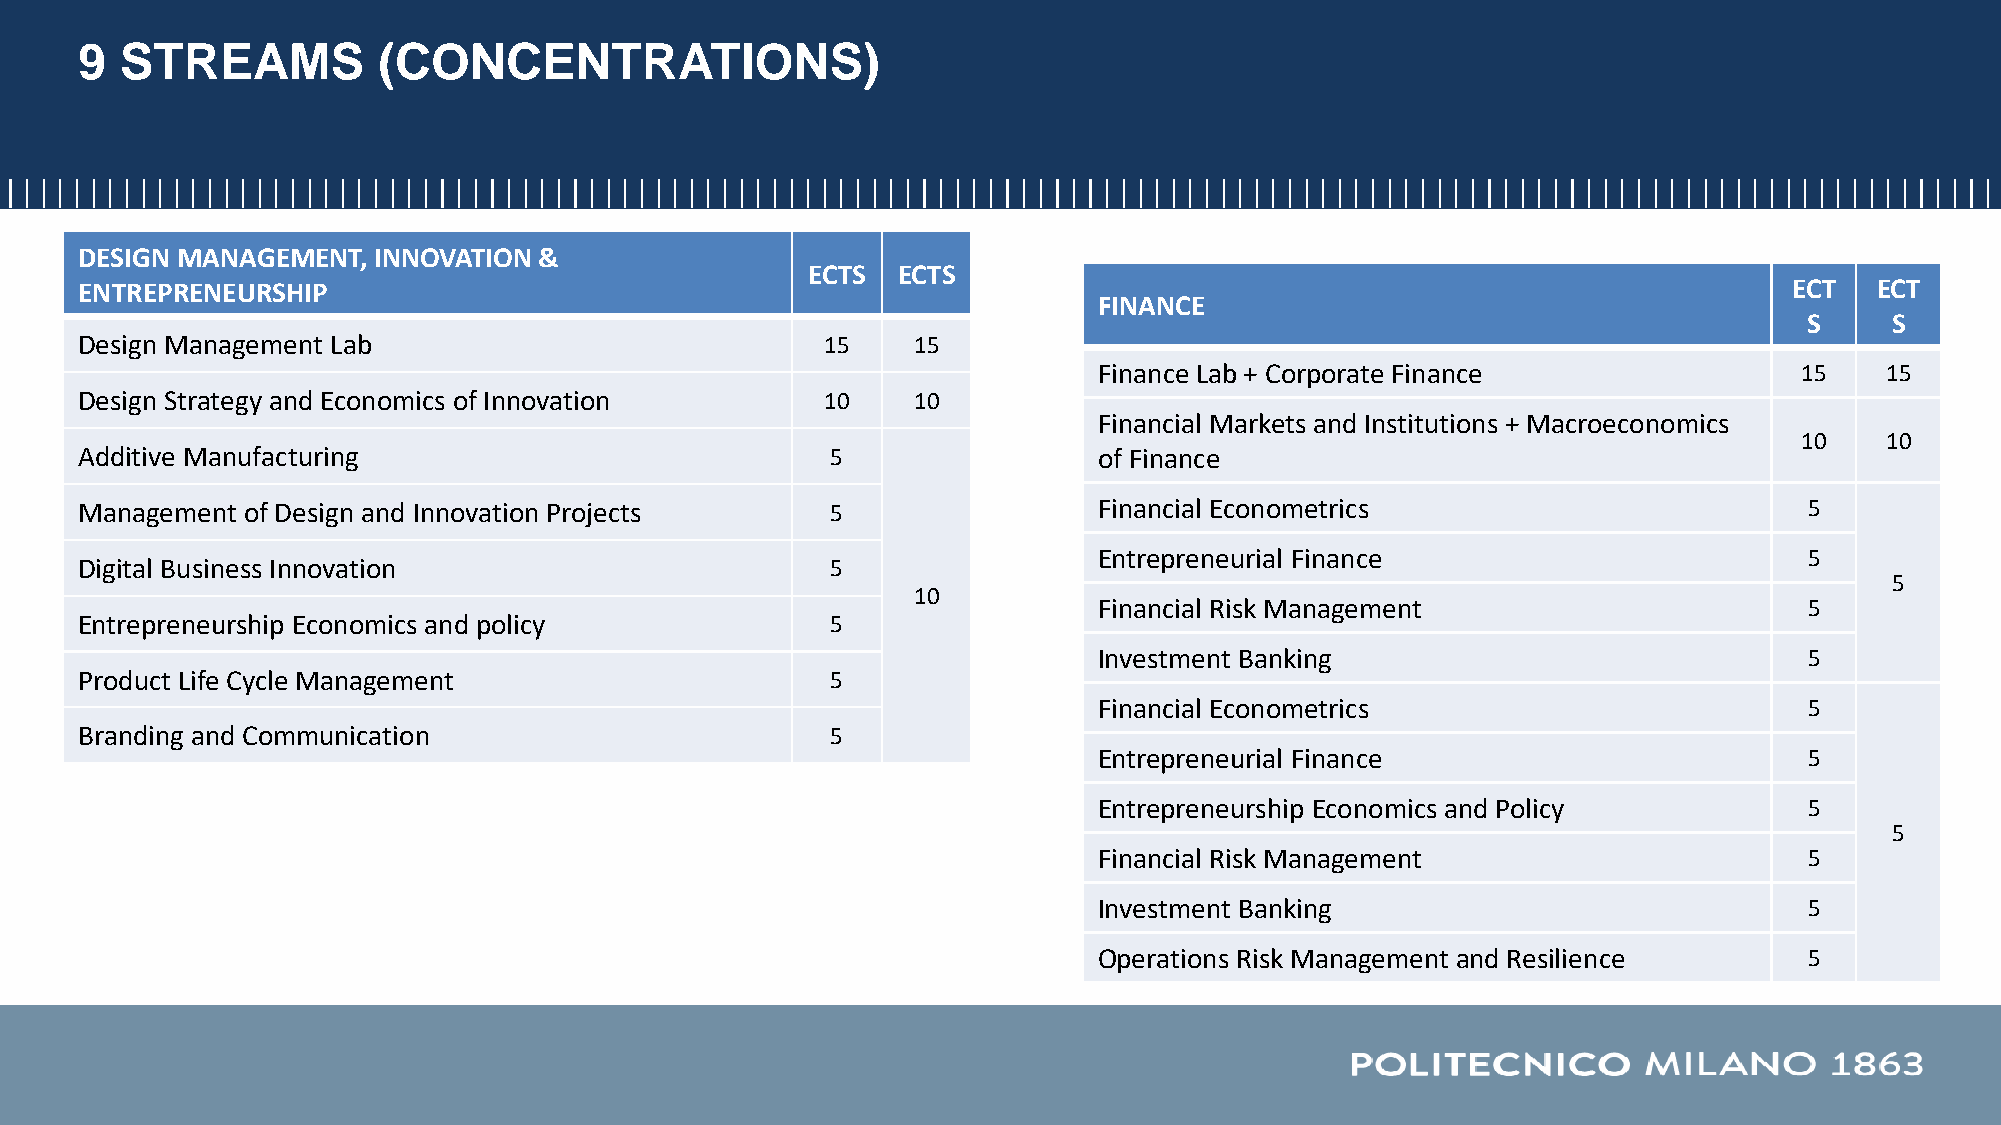
9  STREAMS          (CONCENTRATIONS)
 DESIGN MANAGEMENT,  INNOVATION &
 ECTS  ECTS
 ENTREPRENEURSHIP                                                                                                  ECT  ECT
 FINANCE
 S    S
 Design Management Lab                             15   15
 Finance Lab + Corporate Finance               15    15
 Design Strategy and Economics of Innovation       10   10
 Financial Markets and Institutions + Macroeconomics
 10    10
 Additive Manufacturing                            5                 of Finance
 Management of Design and Innovation Projects      5                 Financial Econometrics                         5
 Entrepreneurial Finance                        5
 Digital Business Innovation                       5
 5
 10
 Financial Risk Management                      5
 Entrepreneurship Economics and policy             5
 Investment Banking                             5
 Product Life Cycle Management                     5
 Financial Econometrics                         5
 Branding and Communication                        5
 Entrepreneurial Finance                        5
 Entrepreneurship Economics and Policy          5
 5
 Financial Risk Management                      5
 Investment Banking                             5
 Operations Risk Management and Resilience      5